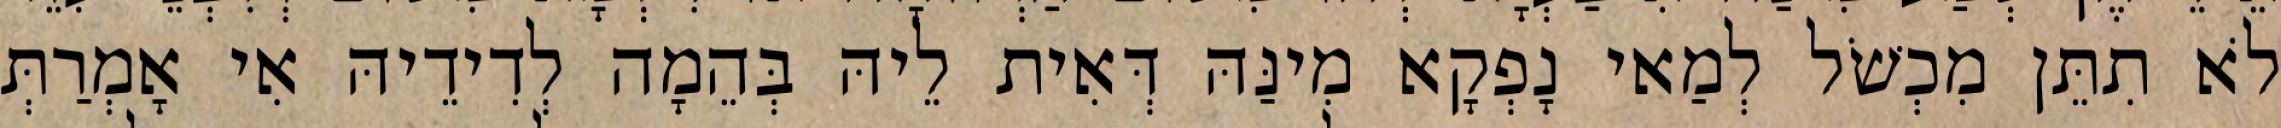
לֹא תִתֵּן מִכְשֹׁל לְמַאי נָפְקָא מִינַּהּ דְּאִית לֵיהּ בְּהֵמָה לְדִידֵיהּ אִי אָמְרַתְּ